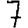
Digit: 7